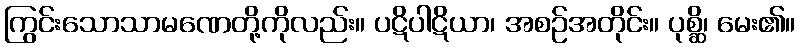
ကြွင်းသောသာမဏေတို့ကိုလည်း။ ပဋိပါဋိယာ၊ အစဉ်အတိုင်း။ ပုစ္ဆိ၊ မေး၏။